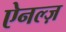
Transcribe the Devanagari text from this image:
ऐनल्ज़